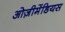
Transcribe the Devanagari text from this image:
ओज़ीमेंडियस